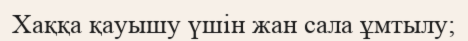
Хаққа қауышу үшін жан сала ұмтылу;